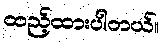
ထည့်ထားပါတယ်။